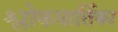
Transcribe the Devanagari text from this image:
श्लोकवार्तिका